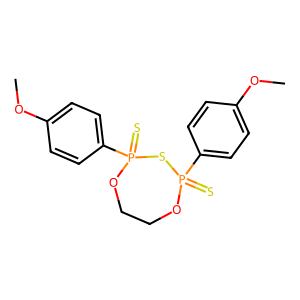
SMILES: COc1ccc(P2(=S)OCCOP(=S)(c3ccc(OC)cc3)S2)cc1
Inhibits HIV replication: No